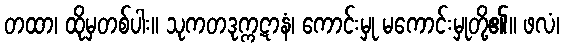
တထာ၊ ထိုမှတစ်ပါး။ သုကတဒုက္ကဋာနံ၊ ကောင်းမှု မကောင်းမှုတို့၏။ ဖလံ၊